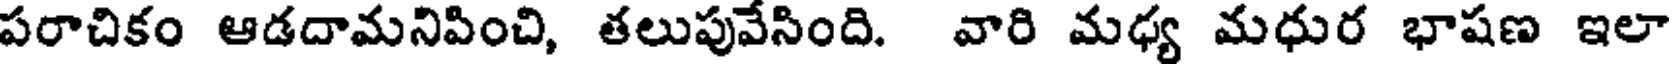
పరాచికం ఆడదామనిపించి, తలుపువేసింది. వారి మధ్య మధుర భాషణ ఇలా